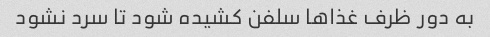
به دور ظرف غذا‌ها سلفن کشیده شود تا سرد نشود